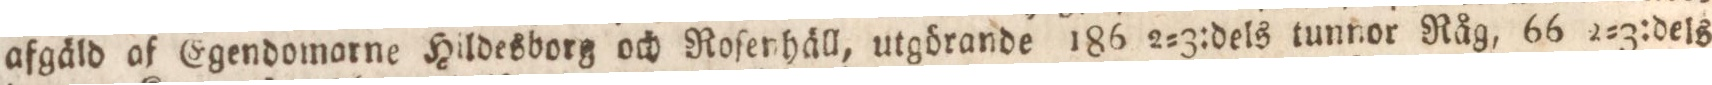
afgäld af Egendomarne Hildesborg och Roſenhäll, utgörande 186 2=3:dels tunnor Råg, 66 2=3:dels